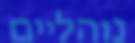
נוהליים